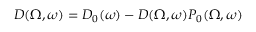
D ( \Omega , \omega ) = D _ { 0 } ( \omega ) - D ( \Omega , \omega ) P _ { 0 } ( \Omega , \omega )